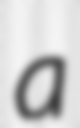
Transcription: a